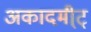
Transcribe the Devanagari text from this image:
अकादमी्ट्